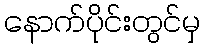
နောက်ပိုင်းတွင်မှ